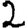
Digit: 2